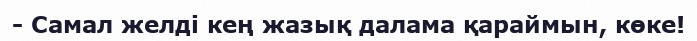
- Самал желді кең жазық далама қараймын, көке!